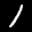
Label: 1